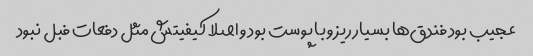
عجیب بود فندق‌ها بسیار ریز و با پوست بود و اصلا کیفیتش مثل دفعات فبل نبود